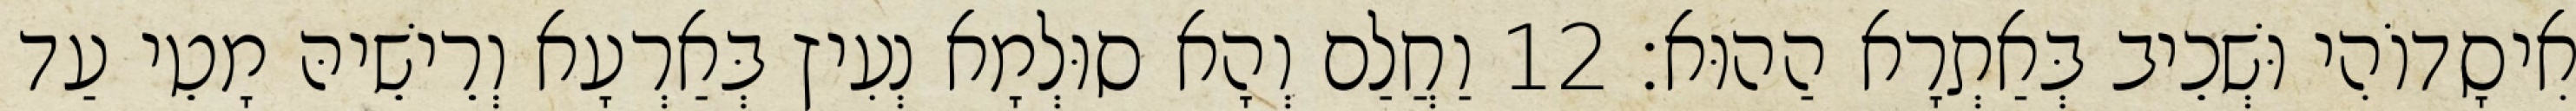
אִיסָדוֹהִי וּשְׁכֵיב בְּאַתְרָא הַהוּא׃ 12 וַחֲלַם וְהָא סוּלְמָא נְעִיץ בְּאַרְעָא וְרֵישֵׁיהּ מָטֵי עַד